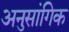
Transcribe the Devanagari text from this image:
अनुसांगिक